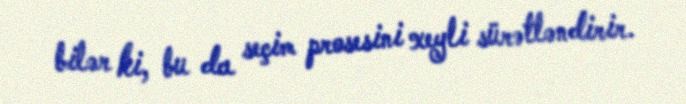
bilər ki, bu da seçim prosesini xeyli sürətləndirir.